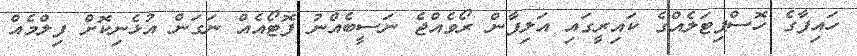
ހައިފާގެ ހޮސްޕިޓަލެއްގެ ކައިރީގައި އަލިފާން ރޯވެއްޖެ ނަސީބެއްނު ފޮޓޯއެއް ނަގަން އުޅެނިކޮށް ފިލްމެއް